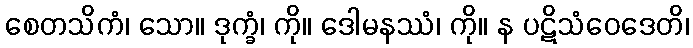
စေတသိကံ၊ သော။ ဒုက္ခံ၊ ကို။ ဒေါမနဿံ၊ ကို။ န ပဋိသံဝေဒေတိ၊